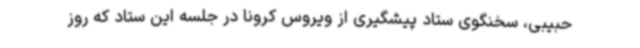
حبیبی، سخنگوی ستاد پیشگیری از ویروس کرونا در جلسه این ستاد که روز